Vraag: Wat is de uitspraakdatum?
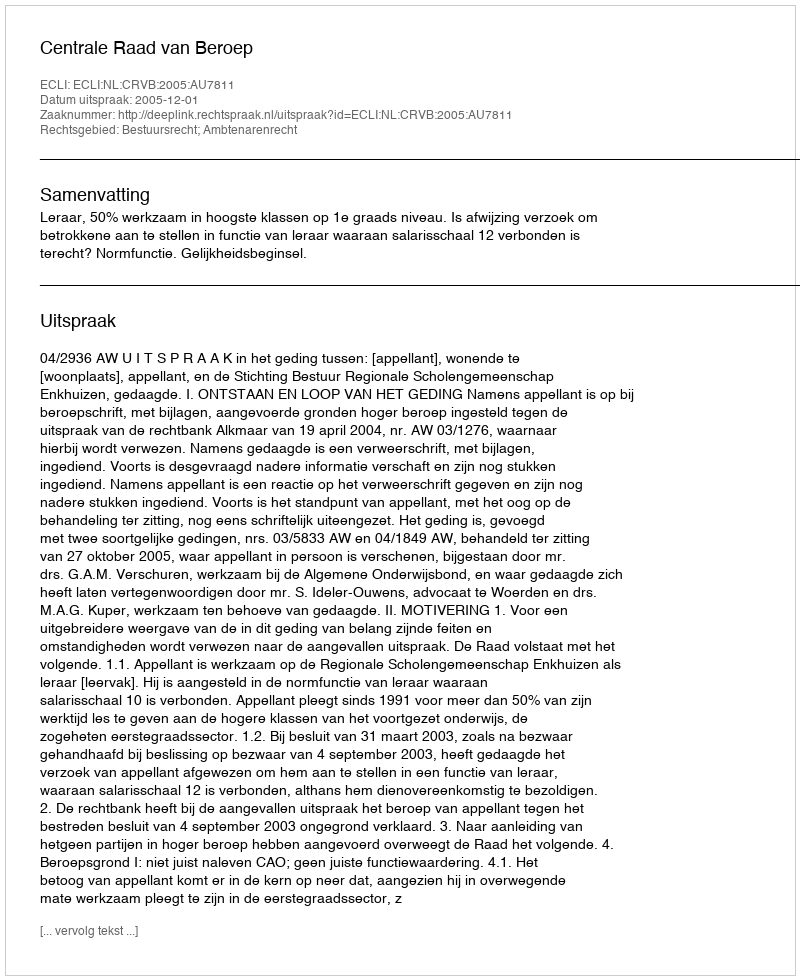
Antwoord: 2005-12-01